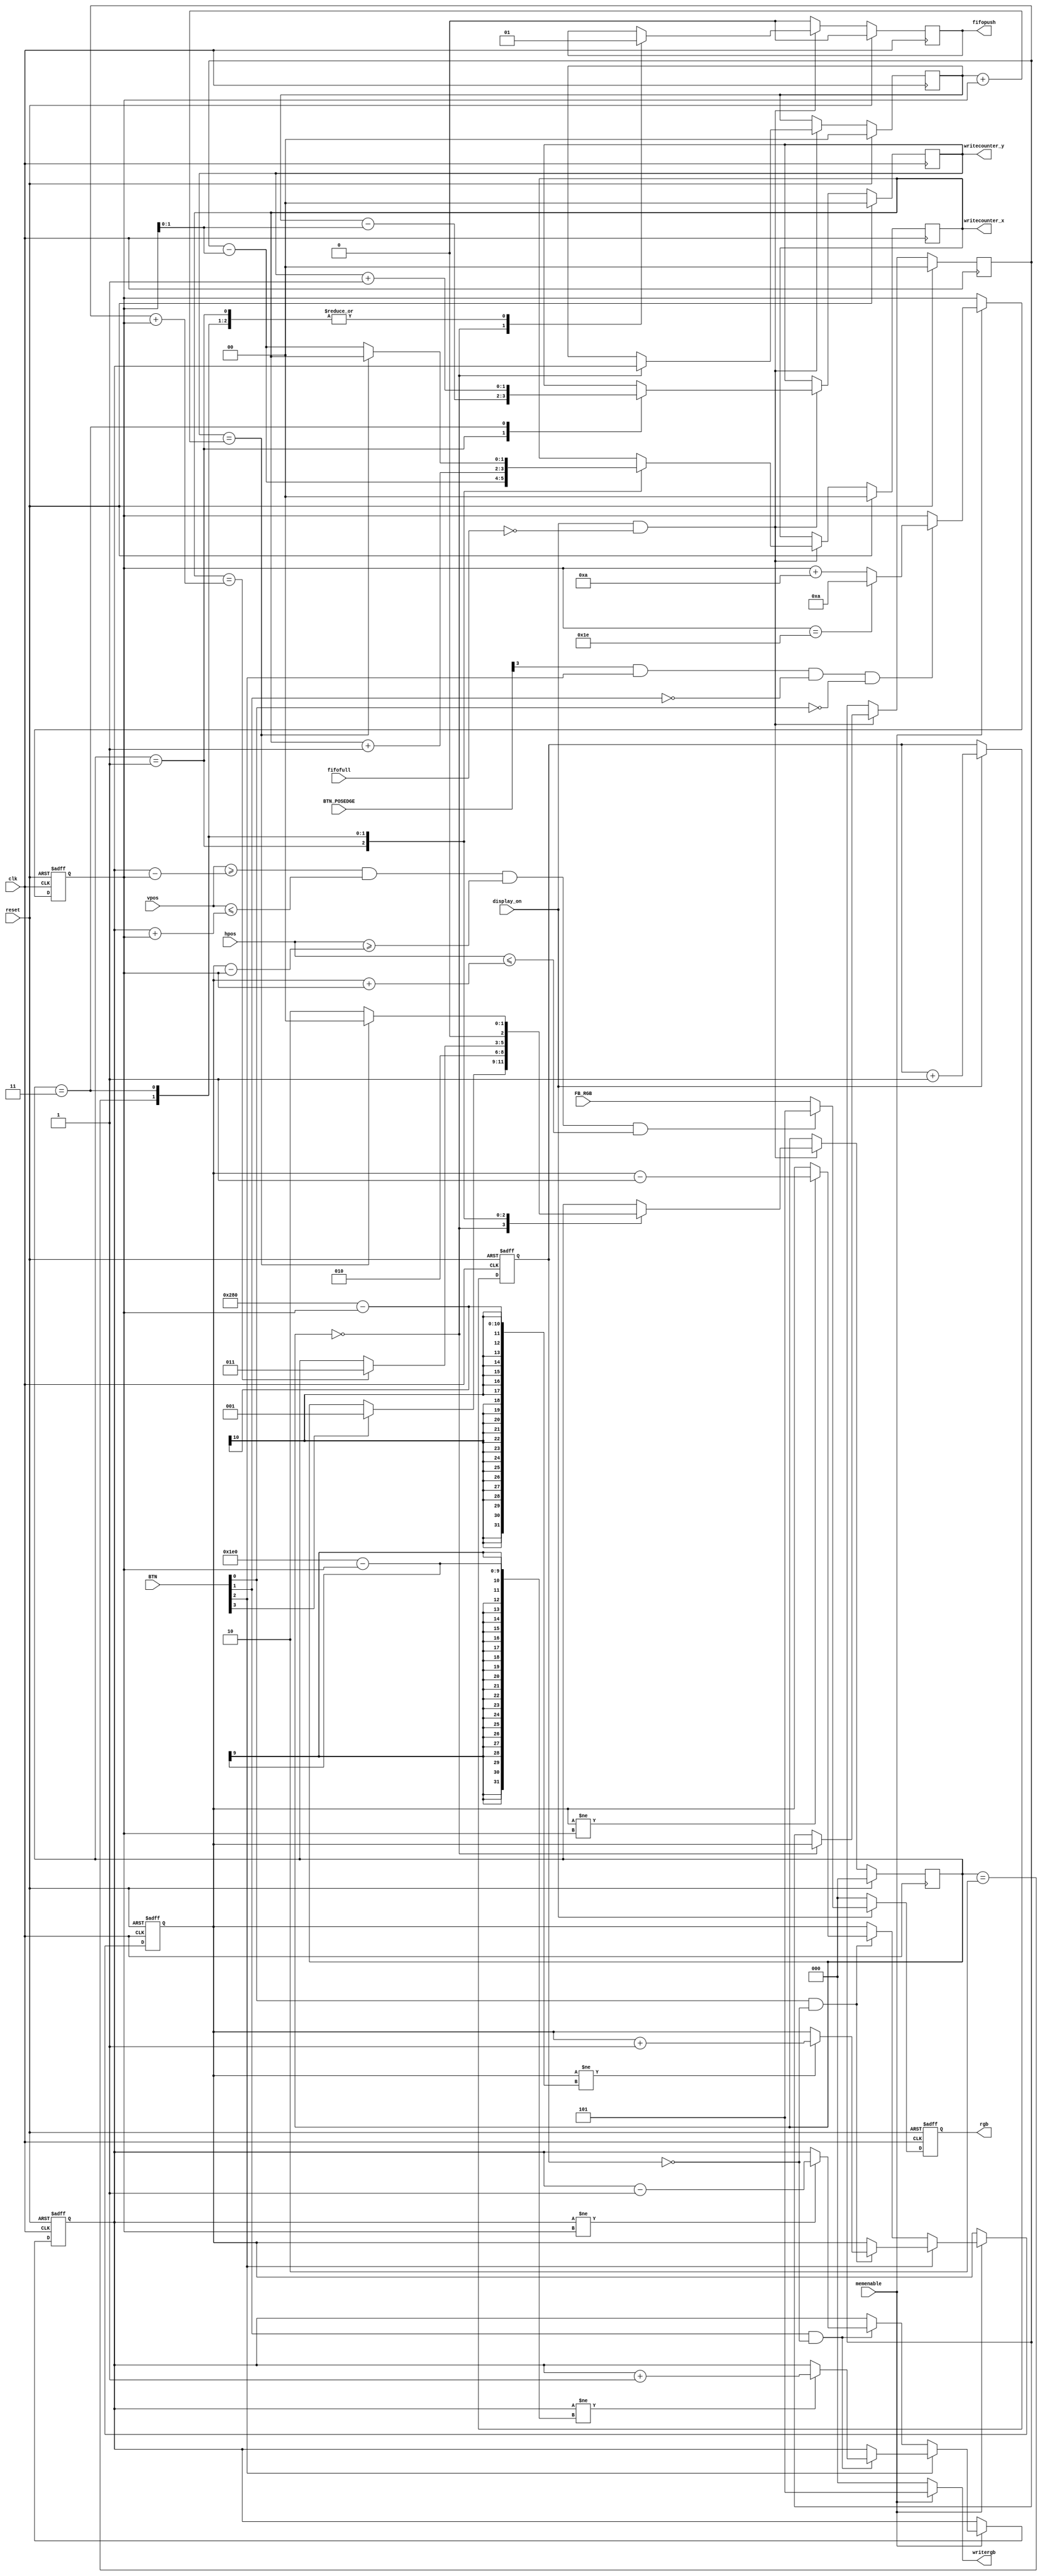
module brush
# (
	parameter SLOWNESS = 16,//number of position of counter clock divider
				 RESOLUTION_H = 640,
				 RESOLUTION_V = 480,
	//cursor moving speed is  CLK/2^SLOWNESS
//			    COLOR = 3, //color of cursor_rgb
				 HPOS_WIDTH=0, //coordinate wires width
				 VPOS_WIDTH=0,
				 BRUSH_COLOR=3'b101,
				 BRUSH_BASE_SIZE=10,
				 BRUSH_MAX_SIZE=30,
				 INIT_XPOS = RESOLUTION_H/2,
				 INIT_YPOS = RESOLUTION_V/2,
				 SIZE_WIDTH= $clog2(BRUSH_MAX_SIZE)

)
(
	input clk,
	input reset,
	input [3:0] BTN, // [2:0]movedirection=[2:0]key_sw
	input [3:0] BTN_POSEDGE,
	input display_on,fifofull,
	input [HPOS_WIDTH - 1:0]hpos,
	input [VPOS_WIDTH - 1:0]vpos,
	input [2:0]FB_RGB,
	input memenable,
	output reg[2:0] rgb,
	output [2:0] writergb,
	output reg fifopush,
	output reg [HPOS_WIDTH - 1:0]writecounter_x,
	output reg [VPOS_WIDTH - 1:0]writecounter_y
);

reg [2:0] writestate;
reg [SIZE_WIDTH - 1:0] brush_size;
reg [HPOS_WIDTH - 1:0] cursor_xpos, cursor_write_xpos;
reg [VPOS_WIDTH - 1:0] cursor_ypos, cursor_write_ypos;
//reg [2:0] cursorsprite [CURSOR_SIZE*CURSOR_SIZE-1:0];
reg [SLOWNESS:0] counterclk; //clkdiv counter

//brush counter
always@(posedge clk or posedge reset) begin //ALWAYS MAKE ASYNCRONIC RESET ,WHEN WORKING WITH SPRITES!!!
if(reset) counterclk<=0;
else if(display_on) counterclk<=counterclk+1;
end

//brush movement
always@(posedge clk or posedge reset) begin
if(reset) begin
cursor_xpos<=INIT_XPOS;
cursor_ypos<=INIT_YPOS;
end else if (memenable) begin
	if (BTN[2]) begin // move right or down
		if(BTN[0]&&(counterclk==0)) if(cursor_xpos!=RESOLUTION_H-brush_size) cursor_xpos<=cursor_xpos+'b1; // move right
		if(BTN[1]&&(counterclk==0)) if(cursor_ypos!=RESOLUTION_V-brush_size) cursor_ypos<=cursor_ypos+'b1; // move down
	end else if (~BTN[2]) begin //move left or up
		if(BTN[0]&&(counterclk==0)) if(cursor_xpos != brush_size) cursor_xpos<=cursor_xpos-'b1; // move left
		if(BTN[1]&&(counterclk==0)) if(cursor_ypos != brush_size) cursor_ypos<=cursor_ypos-'b1; // move up 
	end
end
end

//brush size
always@(posedge clk or posedge reset) begin
if(reset) begin
brush_size<=BRUSH_BASE_SIZE;
end else if(memenable) begin
if(BTN_POSEDGE[3]&&BTN[2]&&~BTN[1]&&~BTN[0]) if(brush_size == BRUSH_MAX_SIZE) brush_size<=BRUSH_BASE_SIZE;
else brush_size<=brush_size+'d10;
end
end

//brush_sprite
//#(
//	.HPOS_WIDTH	(	HPOS_WIDTH	),
//	.VPOS_WIDTH	(	VPOS_WIDTH	),
//	.SIZE_WIDTH	(	SIZE_WIDTH	)
//)
//(
//	.clk			(	clk			),
//	.reset	 	(	reset			),
//	.display_on	(	display_on	),
//	.cursor_xpos(	cursor_xpos	),
//	.hpos			(	hpos			),
//	.cursor_ypos(	cursor_ypos	),
//	.vpos			(	vpos			),
//	.brush_size	(	brush_size	),
//	.FB_RGB		(	FB_RGB		),
//	.rgb			(	rgb			)
//);

//brush sprite
always @ (posedge clk or posedge reset)
        if (reset)
            rgb <= 3'b000;
        else if (display_on)
         if ((vpos >= cursor_ypos - brush_size)&&(vpos <= cursor_ypos + brush_size)&&(hpos >= cursor_xpos - brush_size)&&(hpos <= cursor_xpos + brush_size)) 
				rgb <= BRUSH_COLOR;
         else rgb <= FB_RGB;
		  else  rgb <= 3'b000;
		  
//brush write
always @(posedge clk)
if(reset)begin
	writecounter_x<=0;
	writecounter_y<=0;
	cursor_write_xpos<=0;
	cursor_write_ypos<=0;
	fifopush<=0;
	writestate<=0;
end else begin
if(display_on&&~fifofull)
	case(writestate)
			0: begin 
				cursor_write_xpos<=cursor_xpos;
				cursor_write_ypos<=cursor_ypos;
				fifopush<=0;
				if(BTN[3]) writestate<=1;
			end
			1: begin
				fifopush<=1;
				writecounter_x<= cursor_write_xpos - brush_size;
				writecounter_y<= cursor_write_ypos - brush_size;
				writestate<='d2;
			end
			'd2: begin
				fifopush<=1;
				writecounter_x<=writecounter_x+1;
				if(writecounter_x == cursor_write_xpos + brush_size) writestate<='d3;
			end
			'd3: begin
			fifopush<=1;
			writecounter_y<=writecounter_y+1;
			if(writecounter_y == cursor_write_ypos + brush_size) writestate<='d0;
			else begin 
				writecounter_x <= cursor_write_xpos - brush_size;
				writestate<='d2;
				end
			end
	endcase
else fifopush<=0;
end
assign writergb = (memenable) ? BRUSH_COLOR : 0;

endmodule